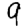
Digit: 9